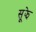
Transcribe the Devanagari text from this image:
सूझे